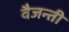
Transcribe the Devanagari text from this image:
वैजन्ती